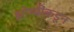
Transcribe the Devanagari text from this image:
झोम्बींकडून